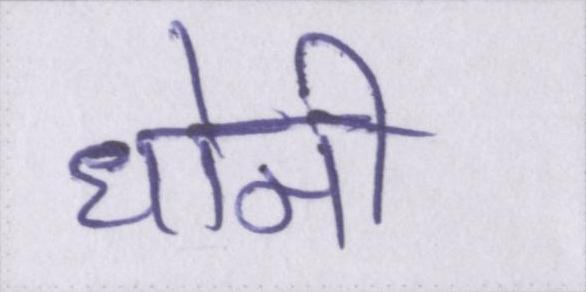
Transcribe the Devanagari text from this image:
धोनी